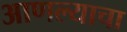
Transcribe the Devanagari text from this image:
आणल्याचा